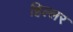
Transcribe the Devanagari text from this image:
हिल्लर